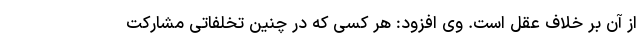
از آن بر خلاف عقل است. وی افزود: هر کسی که در چنین تخلفاتی مشارکت